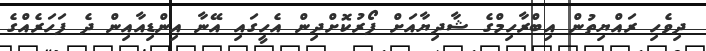
ދިވެހި ރައްޔިތުން އިބްރާހިމްގެ ޝާދިޔާއަށް ފޯރުކޮށްދިން އެހީގައި އޭނާ އިންޑިއާއިން ދެ ފަހަރެއްގެ